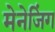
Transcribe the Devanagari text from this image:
मेनेजिंग